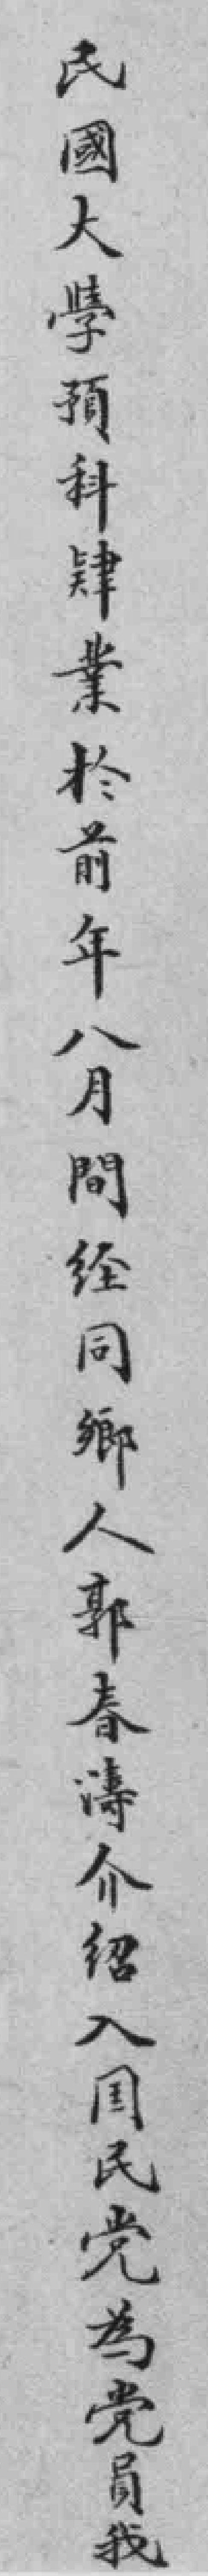
民國大學預科肄業於前年八月間经同鄉人郭春濤介绍入国民党為党員我